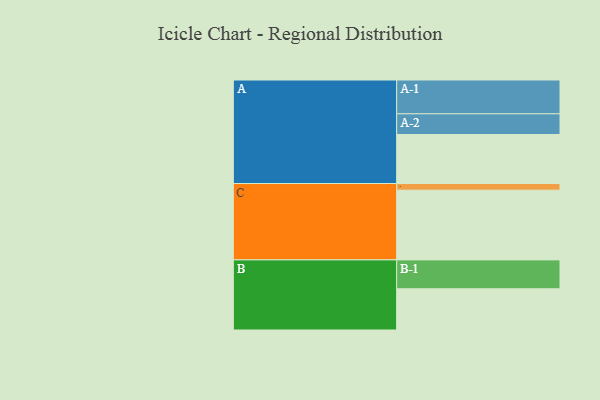
{"axis": {"x": "Segment", "y": "Value"}, "legend": ["", "A", "B", "C"], "data": [{"x": "A", "y": 370, "type": ""}, {"x": "B", "y": 311, "type": ""}, {"x": "C", "y": 526, "type": ""}, {"x": "A-1", "y": 255, "type": "A"}, {"x": "A-2", "y": 156, "type": "A"}, {"x": "B-1", "y": 218, "type": "B"}, {"x": "C-1", "y": 50, "type": "C"}]}